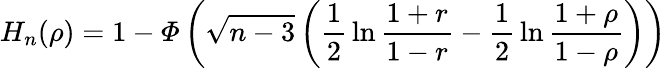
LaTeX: H_{n}(\rho)=1-{\mathit{\Phi}}\left({\sqrt{n-3}}\left({\frac{1}{2}}\ln{\frac{1+r}{1-r}}-{\frac{1}{2}}\ln{\frac{1+\rho}{1-\rho}}\right)\right)